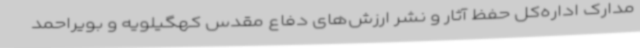
مدارک اداره‌کل حفظ آثار و نشر ارزش‌های دفاع مقدس کهگیلویه و بویراحمد